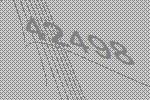
42498